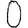
Digit: 0